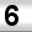
Digit: 6